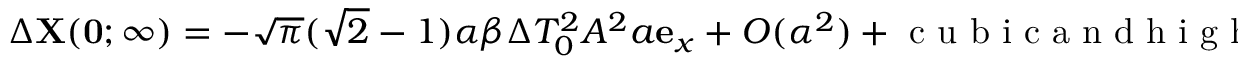
\begin{array} { r } { \Delta \mathbf { X } ( \mathbf { 0 } ; \infty ) = - \sqrt { \pi } ( \sqrt { 2 } - 1 ) \alpha \beta \Delta T _ { 0 } ^ { 2 } A ^ { 2 } a \mathbf { e } _ { x } + O ( \alpha ^ { 2 } ) + \mathrm { ~ c ~ u ~ b ~ i ~ c ~ a ~ n ~ d ~ h ~ i ~ g ~ h ~ e ~ r ~ - ~ o ~ r ~ d ~ e ~ r ~ t ~ e ~ r ~ m ~ s ~ } . } \end{array}